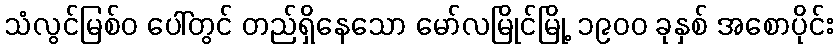
သံလွင်မြစ်ဝ ပေါ်တွင် တည်ရှိနေသော မော်လမြိုင်မြို့ ၁၉၀၀ ခုနှစ် အစောပိုင်း